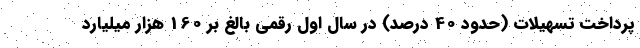
پرداخت تسهیلات (حدود 40 درصد) در سال اول رقمی بالغ بر 160 هزار میلیارد